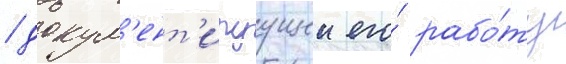
/ докум'ент'ируущеи его́ рабо́ту